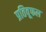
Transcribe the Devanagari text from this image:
प्रतिवूफल